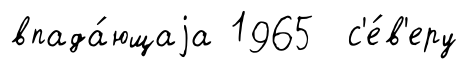
впада́ющаjа 1965 с'е́в'еру